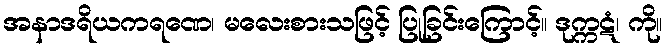
အနာဒရိယကရဏေ၊ မလေးစားသဖြင့် ပြုခြင်းကြောင့်။ ဒုက္ကဋံ၊ ကို။